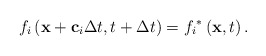
\begin{align*}{f_i}\left( {{\bf{x}} + {{\bf{c}}_i}\Delta t,t + \Delta t} \right) = {f_i}^*\left( {{\bf{x}},t} \right).\end{align*}